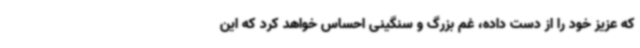
که عزیز خود را از دست داده، غم بزرگ و سنگینی احساس خواهد کرد که این